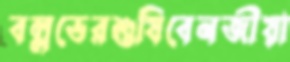
বল্লভেরশুষিবেনজীয়া